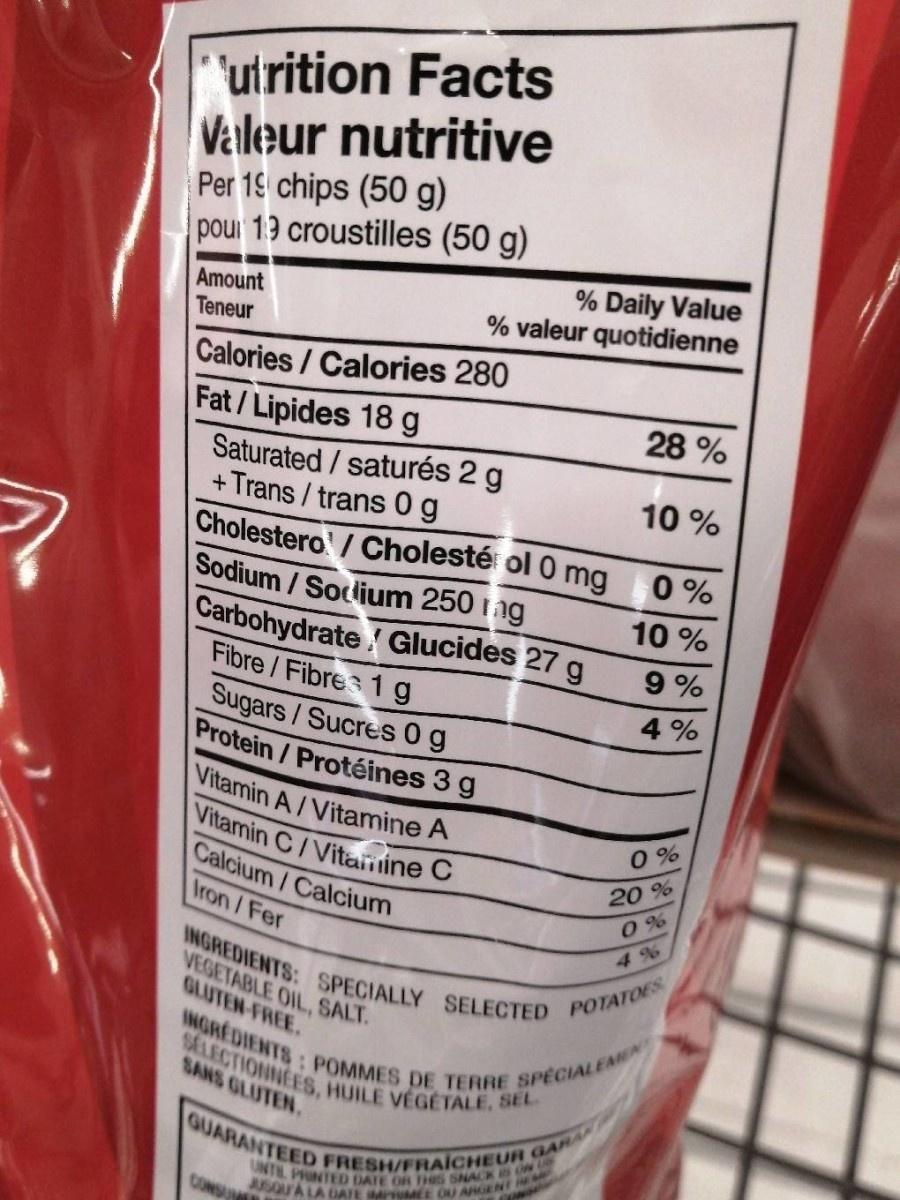
UNTE PONTED DATE OR THes SNACK ON L ASOUA LA DATE MPMEE OU ARGENT GUARANTEED FRESH/FRAICHEUR GARAN INGREDIENTS: POMMES DE TERRE SPECIALEMMEN SELECTIONNES, HUILE VÉGETALE, SEL INGREDIENTS: SPECIALLY SELECTED
utrition Facts Veileur nutritive Per 19 chips (50 g) pour 139 croustilles (50 g)
Amount Teneur
% Daily Value % valeur quotidienne
Calories/Calories 280
28 %
Fat/Lipides 18 g Saturated/saturés 2 g +Trans / trans 0g Cholestero/ Cholesté ol 0 mg Sodium/Socdium 250 ing
10 %
0 %
10 %
Carbohydrate Glucides 27 g Fibre/Fibres 1g Sugars/Sucres 0g Protein/Protéines 3 g
9 %
4 %
Vitamin A/Vitamine A Vitamin C/Vitainine C Calcium/Calcium
0 %
20 %
Iron/Fer
0 %
VEGETABLE OIL, SALT. GLUTEN-FREE.
POTATOES
SANS GLUTEN.
CONSU